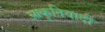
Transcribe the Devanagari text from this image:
आकृतिवादी